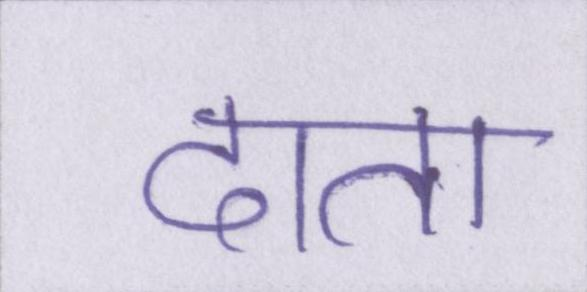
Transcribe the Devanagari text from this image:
दाता